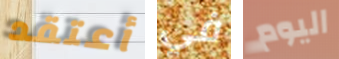
أعتقد في اليوم